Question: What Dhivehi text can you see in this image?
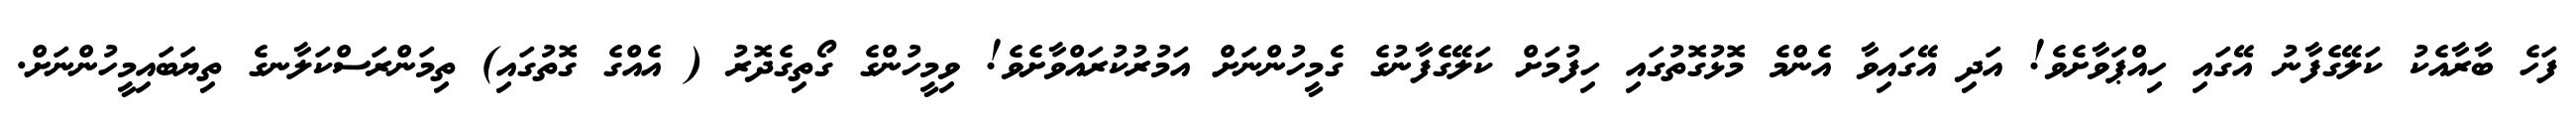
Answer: ފަހެ ބާރާއެކު ކަލޭގެފާނު އޭގައި ހިއްޕަވާށެވެ! އަދި އޭގައިވާ އެންމެ މޮޅުގޮތުގައި ހިފުމަށް ކަލޭގެފާނުގެ ގެމީހުންނަށް އަމުރުކުރައްވާށެވެ! ވިމީހުންގެ ގޯތިގެދޮރު ( އެއްގެ ގޮތުގައި) ތިމަންރަސްކަލާނގެ ތިޔަބައިމީހުންނަށް.